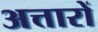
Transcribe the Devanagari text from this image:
अत्तारों